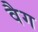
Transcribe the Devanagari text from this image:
वैग